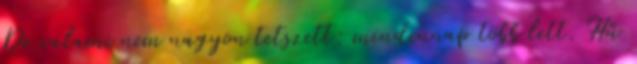
De valami nem nagyon tetszett: mindennap több lett. Hű